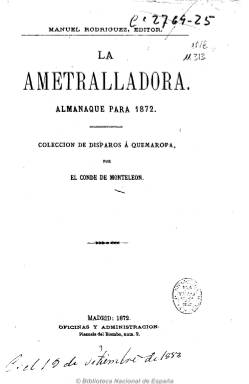
Título: La Ametralladora (Madrid)
Colección: Literatura || Almanaques
Ámbito geográfico: Madrid
Lugar de publicación: Madrid
Fechas: 01/01/1872-31/12/1872

“La Ametralladora : almanaque para 1872” no es un almanaque propiamente dicho sino más bien una colección de obritas poéticas y literarias a las que se suma un calendario del año, el santoral y tablas con las horas de entrada y salida del sol. Muchos de los textos e ilustraciones traslucen un fin manifiestamente pro-revolucionario lo que explica por qué se escogió presentarlos en formato almanaque (el medio más barato y eficaz de propaganda a finales del XIX) en vez de como libro o revista.

Su autor, el supuesto Conde de Monteleón, se ha identificado en algunos diccionarios de seudónimos con el novelista Francisco Liberal y Cabrera (o Cabrero, según otras fuentes).